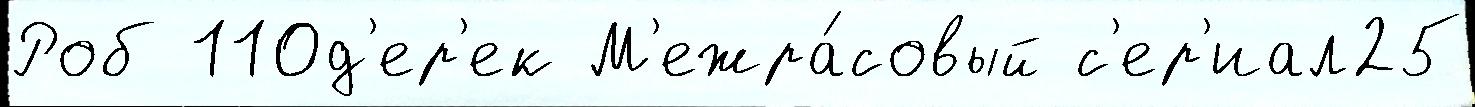
Роб 110д'ер'ек М'ежра́совый с'ер'иал25